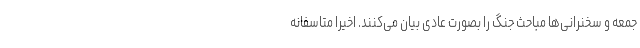
جمعه و سخنرانی‌ها مباحث جنگ را بصورت عادی بیان می‌کنند. اخیرا متاسفانه